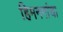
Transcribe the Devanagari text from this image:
हिमनगांचा